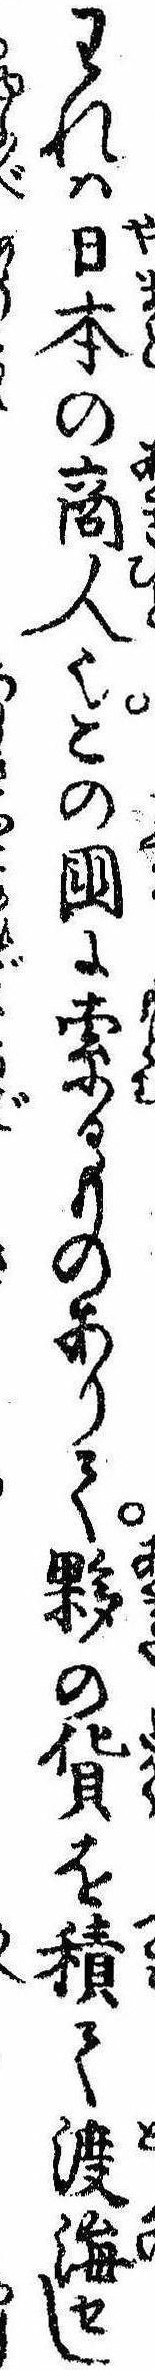
われは日本の商人也この国に索るものありて夥の貨を積て渡海せし